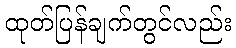
ထုတ်ပြန်ချက်တွင်လည်း